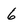
Character: 6